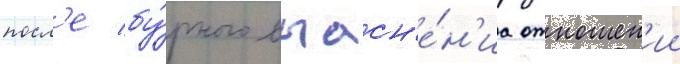
посл'е бу́рного выасн'е́н'иа отношен'ии